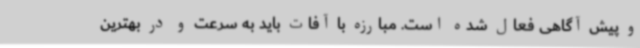
و پیش آگاهی فعال شده است. مبارزه با آفات باید به سرعت و در بهترین